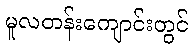
မူလတန်းကျောင်းတွင်